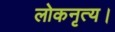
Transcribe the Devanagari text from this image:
लोकनृत्य।